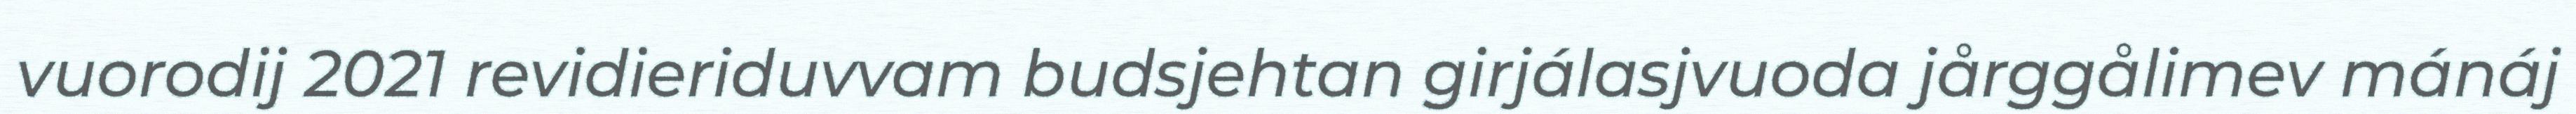
vuorodij 2021 revidieriduvvam budsjehtan girjálasjvuoda jårggålimev mánáj